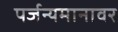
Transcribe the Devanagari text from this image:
पर्जन्यमानावर